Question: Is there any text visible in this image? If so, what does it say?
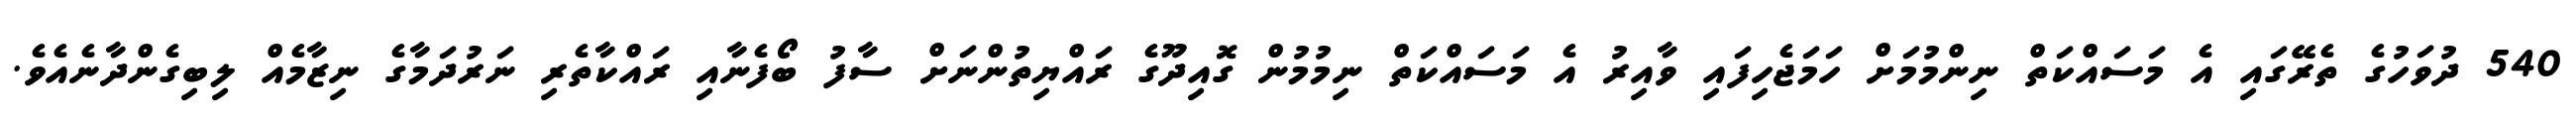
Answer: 540 ދުވަހުގެ ތެރޭގައި އެ މަސައްކަތް ނިންމުމަށް ހަމަޖެހިފައި ވާއިރު އެ މަސައްކަތް ނިމުމުން ގޮއިދޫގެ ރައްޔިތުންނަށް ސާފު ބޯފެނާއި ރައްކާތެރި ނަރުދަމާގެ ނިޒާމެއް ލިބިގެންދާނެއެވެ.